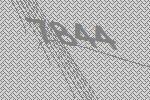
7844